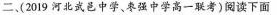
二、(2019河北武邑中学、强中学高一联考)阅读下面